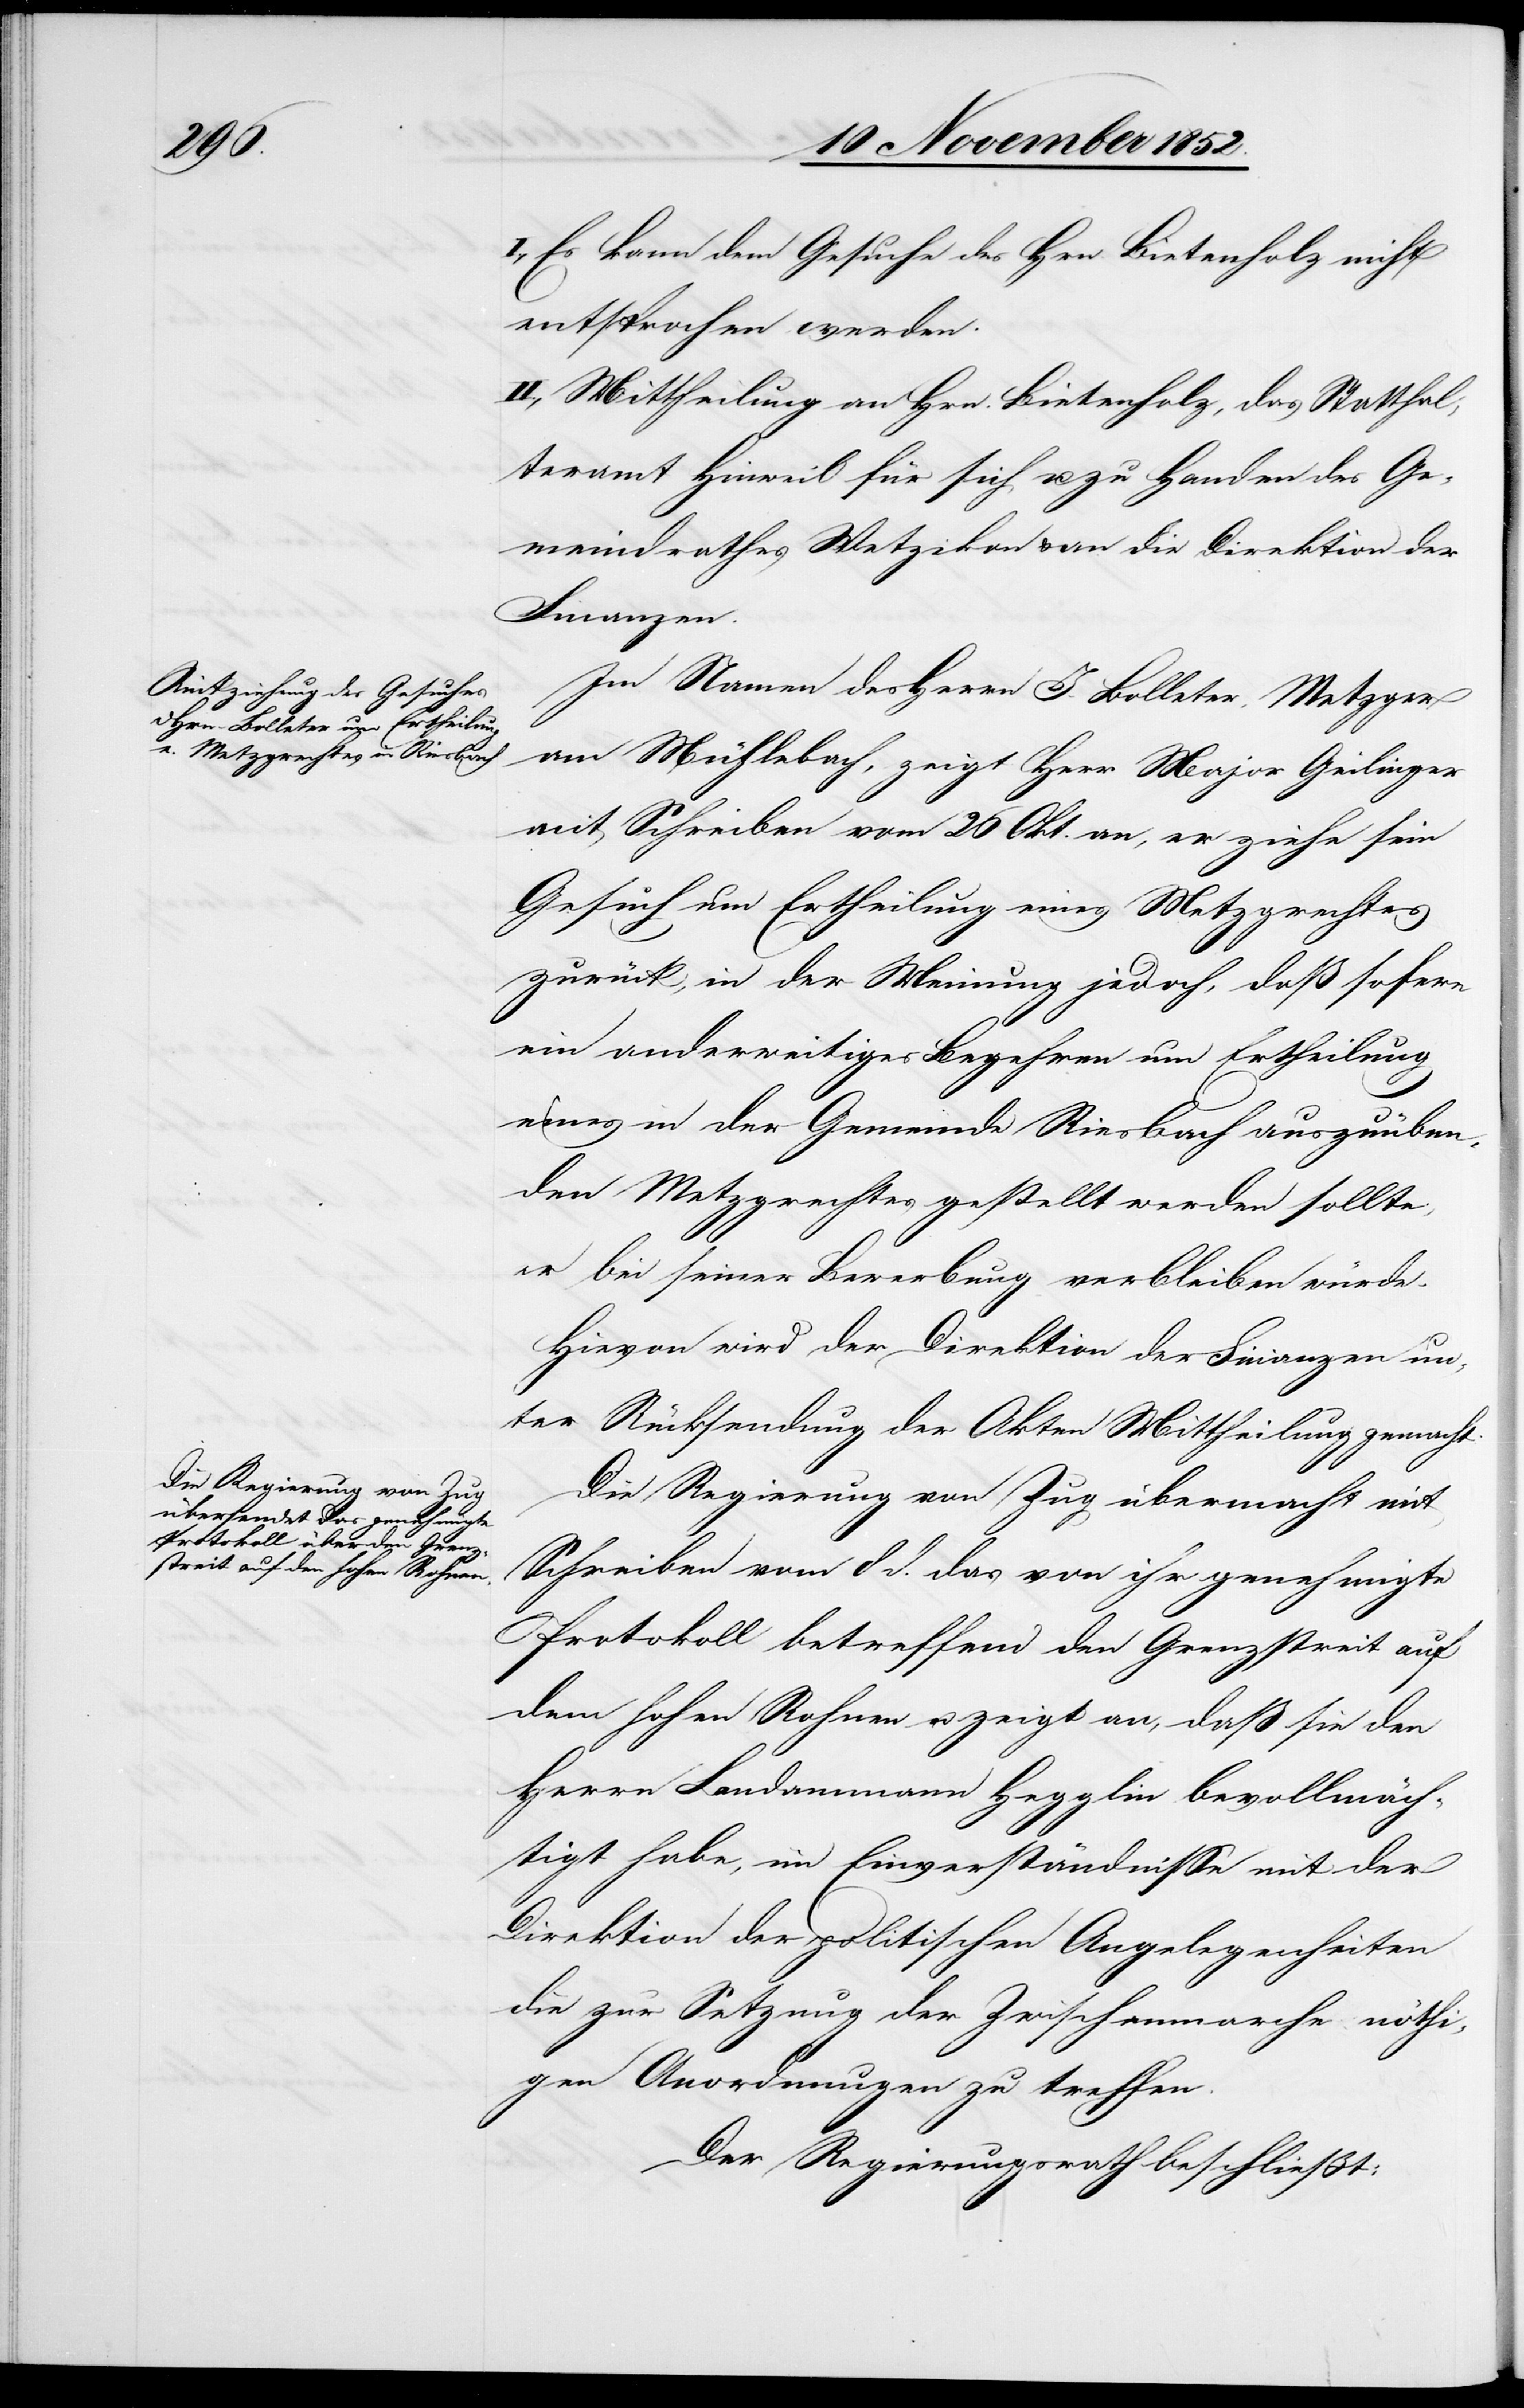
I., Es kann dem Gesuche des Hrn. Bietenholz nicht
entsprochen werden.
II., Mittheilung an Hrn. Bietenholz, das Statthal¬
teramt Hinweil für sich u. zu Handen des Ge¬
meindrathes Wetzikon & an die Direktion der
Finanzen.
Im Namen des Herrn J. Bolleter, Metzger
am Mühlebach, zeigt Herr Major Geilinger
mit Schreiben vom 26 Okt. an, er ziehe sein
Gesuch um Ertheilung eines Metzgrechtes
zurück, in der Meinung jedoch, daß sofern
ein anderweitiges Begehren um Ertheilung
eines in der Gemeinde Riesbach auszuüben¬
den Metzgrechtes gestellt werden sollte,
er bei seiner Bewerbung verbleiben würde.
Hievon wird der Direktion der Finanzen un¬
ter Rücksendung der Akten Mittheilung gemacht.
Die Regierung von Zug übermacht mit
Schreiben vom 8 d. das von ihr genehmigte
Protokoll betreffend den Grenzstreit auf
dem hohen Rohnen u. zeigt an, daß sie den
Herrn Landammann Hegglin bevollmäch¬
tigt habe, im Einverständnisse mit der
Direktion der politischen Angelegenheiten
die zur Setzung der Zwischenmarche nöthi¬
gen Anordnungen zu treffen.
Der Regierungsrath beschließt: